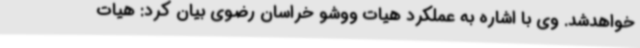
خواهدشد. وی با اشاره به عملکرد هیات ووشو خراسان رضوی بیان کرد: هیات